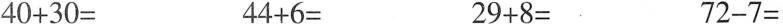
$$4 0 + 3 0 =$$ $$4 4 + 6 =$$ $$2 9 + 8 =$$ $$7 2 - 7 =$$